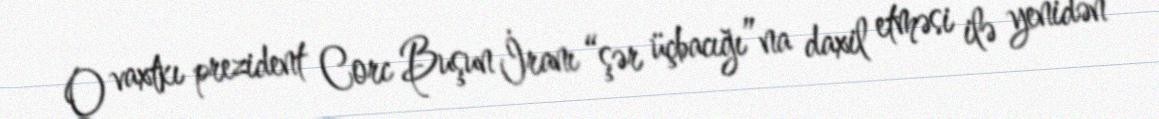
O vaxtkı prezident Corc Buşun İranı “şər üçbacığı”na daxil etməsi ilə yenidən